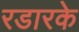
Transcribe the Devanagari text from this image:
रडारके